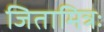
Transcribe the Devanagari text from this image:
जितामित्रः